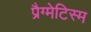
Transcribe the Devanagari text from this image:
प्रैग्मेटिस्म